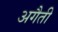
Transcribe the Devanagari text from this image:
अगैती